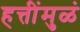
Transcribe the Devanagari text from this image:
हत्तींमुळं